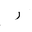
Letter: _ra